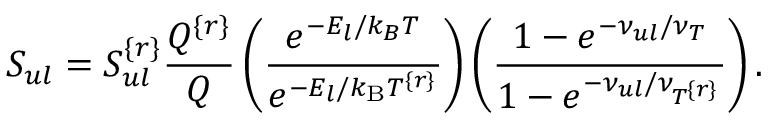
S _ { u l } = S _ { u l } ^ { \{ r \} } \frac { Q ^ { \{ r \} } } { Q } \left( \frac { e ^ { - E _ { l } / k _ { B } T } } { e ^ { - E _ { l } / k _ { \mathrm { B } } T ^ { \{ r \} } } } \right) \left( \frac { 1 - e ^ { - \nu _ { u l } / \nu _ { T } } } { 1 - e ^ { - \nu _ { u l } / \nu _ { T ^ { \{ r \} } } } } \right) .